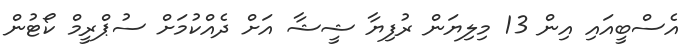
އެސްބީއައި އިން 13 މިލިޔަން ރުފިޔާ ޝީޝާ އަށް ދެއްކުމަށް ސުޕްރީމް ކޯޓުން